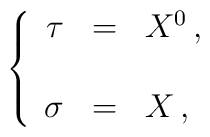
\left\{\begin{array}{rcl}\tau & = & X^{0}\, , \\& & \\  \sigma & = & X\, ,\\\end{array}\right.